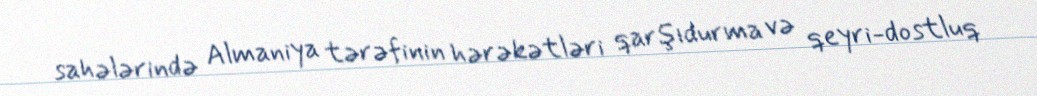
sahələrində Almaniya tərəfinin hərəkətləri qarşıdurma və qeyri-dostluq